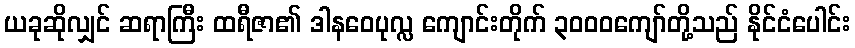
ယခုဆိုလျှင် ဆရာကြီး ထရီဇာ၏ ဒါနဝေပုလ္လ ကျောင်းတိုက် ၃၀၀၀ကျော်တို့သည် နိုင်ငံပေါင်း